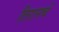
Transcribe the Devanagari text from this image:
तिरानचे